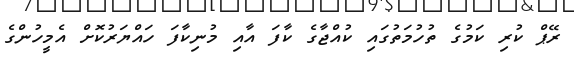
ރޭޕް ކުރި ކަމުގެ ތުހުމަތުގައި ކުއްޖާގެ ކާފަ އާއި މުނިކާފަ ހައްޔަރުކޮށް އެމީހުންގެ